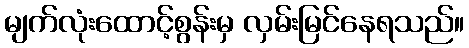
မျက်လုံးထောင့်စွန်းမှ လှမ်းမြင်နေရသည်။